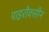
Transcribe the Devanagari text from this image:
पाइरौक्सीन